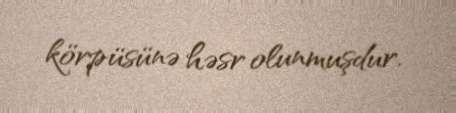
körpüsünə həsr olunmuşdur.